Annual report of the Punjab Veterinary College and of the Civil Veterinary Department, Punjab - 1920-1925
Year: 1920
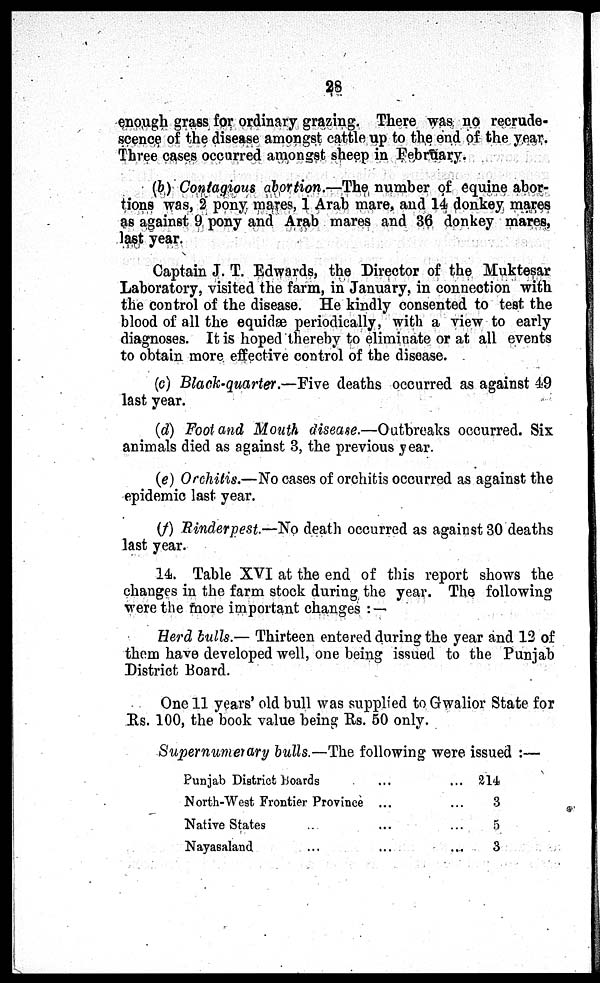
28
enough grass for ordinary grazing. There was no recrude-
scence of the disease amongst cattle up to the end of the year.
Three cases occurred amongst sheep in February.
(b) Contagious abortion.—The number of equine abor-
tions was, 2 pony mares, 1 Arab mare, and 14 donkey mares
as against 9 pony and Arab mares and 36 donkey mares,
last year.
Captain J. T. Edwards, the Director of the Muktesar
Laboratory, visited the farm, in January, in connection with
the control of the disease. He kindly consented to test the
blood of all the equidæ periodically, with a view to early
diagnoses. It is hoped thereby to eliminate or at all events
to obtain more effective control of the disease.
(c) Black-quarter—Five deaths occurred as against 49
last year.
(d) Foot and Mouth disease.—Outbreaks occurred. Six
animals died as against 3, the previous year.
(e) Orchitis.— No cases of orchitis occurred as against the
epidemic last year.
(f) Rinderpest.—No death occurred as against 30 deaths
last year.
14. Table XVI at the end of this report shows the
changes in the farm stock during the year. The following
were the more important changes:—
Herd bulls.— Thirteen entered during the year and 12 of
them have developed well, one being issued to the Punjab
District Hoard.
One 11 years' old bull was supplied to Gwalior State for
Rs. 100, the book value being Rs. 50 only.
Supernumerary bulls.—The following were issued:—
Punjab District Boards
North-West Frontier Province
Native States
Nayasaland
...
...
...
...
...
...
...
...
214
3
5
3